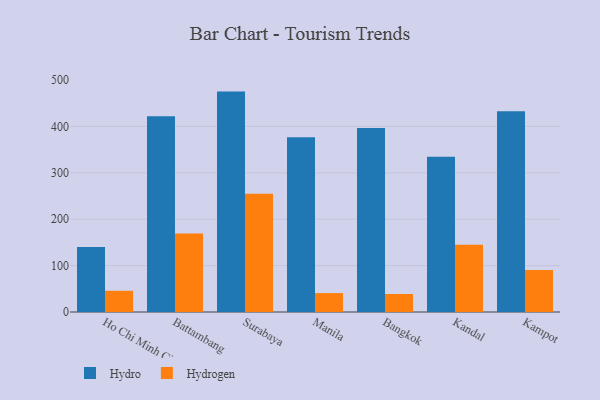
{"axis": {"x": "City", "y": "Energy Usage (MWh)"}, "legend": ["Hydro", "Hydrogen"], "data": [{"x": "Ho Chi Minh City", "y": 140.2, "type": "Hydro"}, {"x": "Ho Chi Minh City", "y": 45.7, "type": "Hydrogen"}, {"x": "Battambang", "y": 421.8, "type": "Hydro"}, {"x": "Battambang", "y": 169.2, "type": "Hydrogen"}, {"x": "Surabaya", "y": 475.1, "type": "Hydro"}, {"x": "Surabaya", "y": 254.9, "type": "Hydrogen"}, {"x": "Manila", "y": 376.9, "type": "Hydro"}, {"x": "Manila", "y": 40.8, "type": "Hydrogen"}, {"x": "Bangkok", "y": 396.4, "type": "Hydro"}, {"x": "Bangkok", "y": 38.8, "type": "Hydrogen"}, {"x": "Kandal", "y": 334.7, "type": "Hydro"}, {"x": "Kandal", "y": 144.8, "type": "Hydrogen"}, {"x": "Kampot", "y": 432.8, "type": "Hydro"}, {"x": "Kampot", "y": 90.7, "type": "Hydrogen"}]}